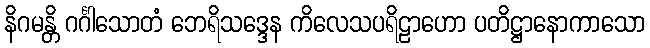
နိဂမန္တိ ဂင်္ဂါသောတံ ဘေရိသဒ္ဒေန ကိလေသပရိဠာဟော ပတိဋ္ဌာနောကာသော